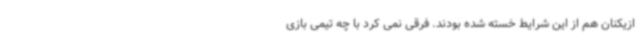
ازیکنان هم از این شرایط خسته شده بودند. فرقی نمی کرد با چه تیمی بازی